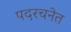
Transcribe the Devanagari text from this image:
पदरचनेत